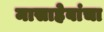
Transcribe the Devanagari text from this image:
मासाहेबांचा